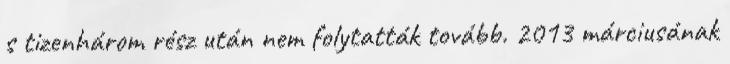
s tizenhárom rész után nem folytatták tovább. 2013 márciusának